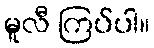
မူလီ ကြပ်ပါ။